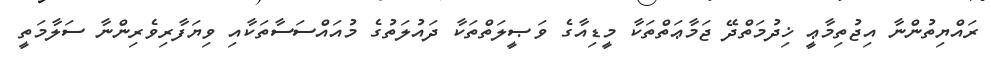
ރައްޔިތުންނާ އިޖުތިމާޢީ ޚިދުމަތްދޭ ޖަމާޢަތްތަކާ މީޑިއާގެ ވަޞީލަތްތަކާ ދައުލަތުގެ މުއައްސަސާތަކާއި ވިޔަފާރިވެރިންނާ ސަލާމަތީ